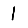
Digit: 1